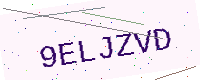
Text: 9ELJZVD